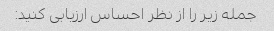
جمله زیر را از نظر احساس ارزیابی کنید: